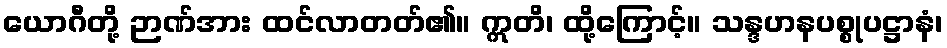
ယောဂီတို့ ဉာဏ်အား ထင်လာတတ်၏။ ဣတိ၊ ထို့ကြောင့်။ သန္ဒဟနပစ္စုပဋ္ဌာနံ၊